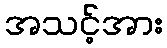
အသင့်အား